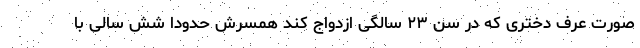
صورت عرف دختری که در سن ۲۳ سالگی ازدواج کند همسرش حدودا شش سالی با